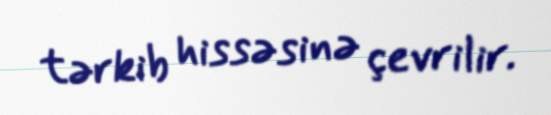
tərkib hissəsinə çevrilir.